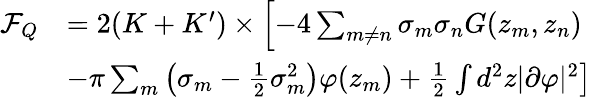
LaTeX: \begin{array}{rl}{\mathcal F_{Q}}&{=2(K+K^{\prime})\times\left[-4\sum_{m\neq n}\sigma_{m}\sigma_{n}G(z_{m},z_{n})\right.}\\ &{\left.-\pi\sum_{m}\left(\sigma_{m}-\frac{1}{2}\sigma_{m}^{2}\right)\varphi(z_{m})+\frac{1}{2}\int d^{2}z|\partial\varphi|^{2}\right]}\end{array}